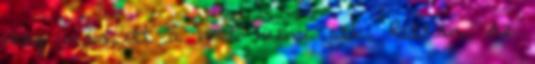
meg már ott a boot menu stb. Ritkán, de